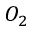
O _ { 2 }